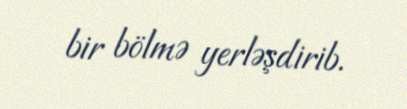
bir bölmə yerləşdirib.